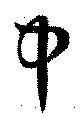
中